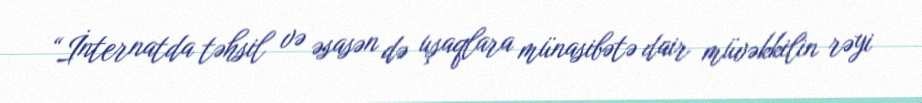
“İnternatda təhsil və əsasən də uşaqlara münasibətə dair müvəkkilin rəyi